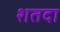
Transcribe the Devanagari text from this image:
शतदा